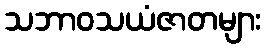
သဘာဝသယံဇာတများ